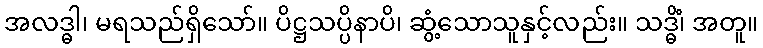
အလဒ္ဓါ၊ မရသည်ရှိသော်။ ပိဋ္ဌသပ္ပိနာပိ၊ ဆွံ့သောသူနှင့်လည်း။ သဒ္ဓိံ၊ အတူ။